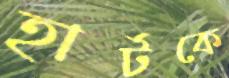
হার্টকে